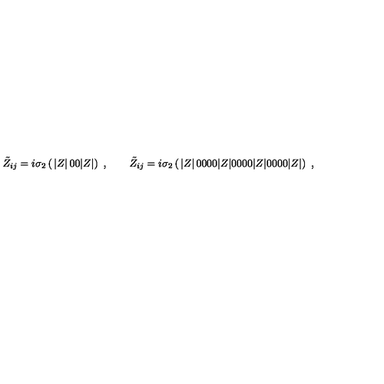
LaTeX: \tilde { Z } _ { i j } = i \sigma _ { 2 } \left( \begin{matrix} { | Z | } & { 0 } \\ { 0 } & { | Z | } \\ \end{matrix} \right) \ , \qquad \tilde { Z } _ { i j } = i \sigma _ { 2 } \left( \begin{matrix} { | Z | } & { 0 } & { 0 } & { 0 } \\ { 0 } & { | Z | } & { 0 } & { 0 } \\ { 0 } & { 0 } & { | Z | } & { 0 } \\ { 0 } & { 0 } & { 0 } & { | Z | } \\ \end{matrix} \right) \ ,